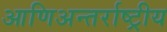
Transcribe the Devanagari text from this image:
आणिअन्तर्राष्ट्रीय